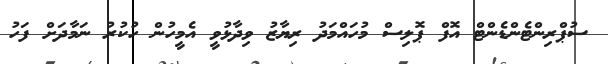
ސުޕްރިންޓެންޑެންޓް އޮފް ޕޮލިސް މުހައްމަދު ރިޔާޒު ވިދާޅުވީ އެމީހުން ހުކުރު ނަމާދަށް ފަހު